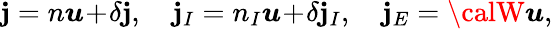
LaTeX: \boldsymbol{\mathbf{j}}=n\boldsymbol{u}\! +\! \delta\boldsymbol{\mathbf{j}},\quad\boldsymbol{\mathbf{j}}_{I}=n_{I}\boldsymbol{u}\! +\! \delta\boldsymbol{\mathbf{j}}_{I},\quad\boldsymbol{\mathbf{j}}_{E}={\calW}\boldsymbol{u},